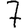
Digit: 7